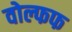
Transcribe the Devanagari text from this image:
वोल्फफ